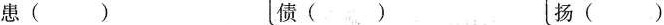
患() 债() 扬()